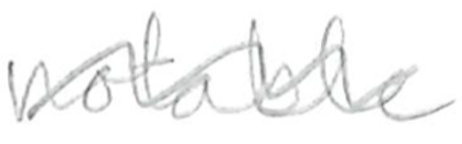
Text: notable
Cross-out: wave
Writing tool: pencil